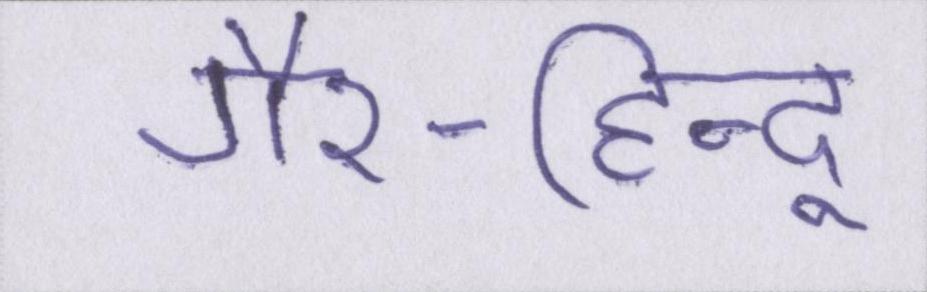
गैर-हिन्दू